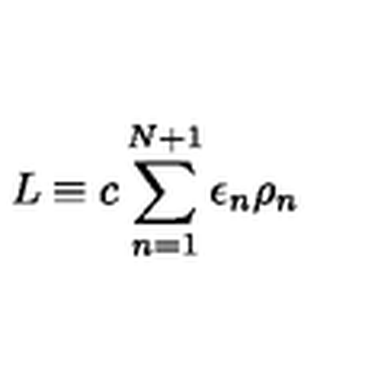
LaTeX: \! \! \! \! \! L \equiv c \sum _ { n = 1 } ^ { N + 1 } \epsilon _ { n } \rho _ { n }